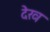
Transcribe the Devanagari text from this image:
देख्‍ा